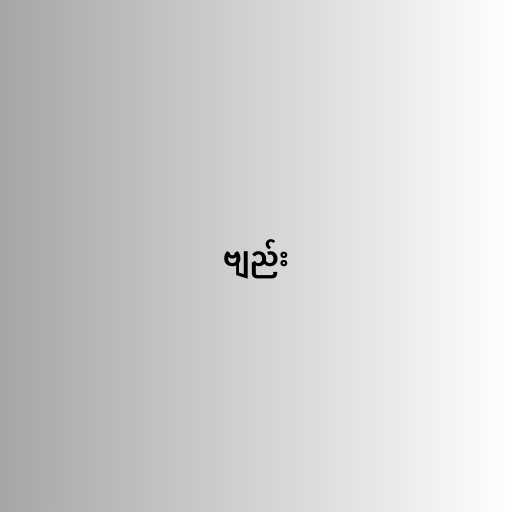
ဗျည်း